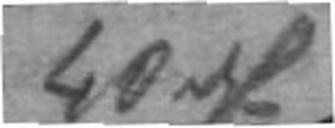
40 rf